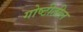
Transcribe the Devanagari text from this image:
गोष्टीतील